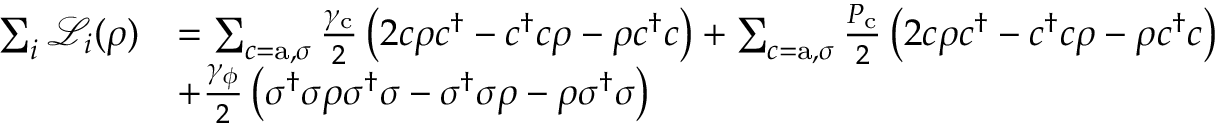
\begin{array} { r l } { \sum _ { i } \mathcal { L } _ { i } ( \rho ) } & { = \sum _ { c = \mathrm { a } , \sigma } \frac { \gamma _ { \mathrm { c } } } { 2 } \left( 2 c \rho c ^ { \dagger } - c ^ { \dagger } c \rho - \rho c ^ { \dagger } c \right) + \sum _ { c = \mathrm { a } , \sigma } \frac { P _ { \mathrm { c } } } { 2 } \left( 2 c \rho c ^ { \dagger } - c ^ { \dagger } c \rho - \rho c ^ { \dagger } c \right) } \\ & { + \frac { \gamma _ { \phi } } { 2 } \left( \sigma ^ { \dagger } \sigma \rho \sigma ^ { \dagger } \sigma - \sigma ^ { \dagger } \sigma \rho - \rho \sigma ^ { \dagger } \sigma \right) } \end{array}